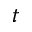
t